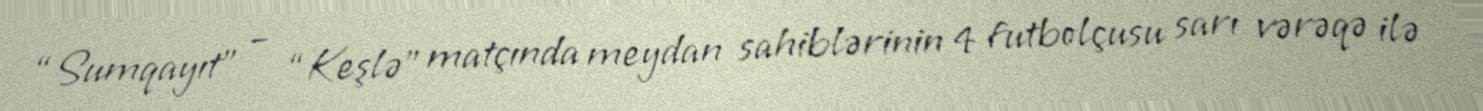
“Sumqayıt” – “Keşlə” matçında meydan sahiblərinin 4 futbolçusu sarı vərəqə ilə